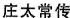
庄太常传